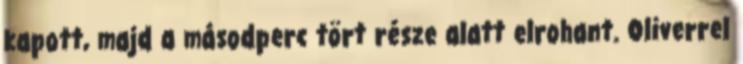
kapott, majd a másodperc tört része alatt elrohant. Oliverrel